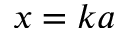
x = k a